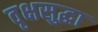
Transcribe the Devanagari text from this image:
वृक्षसुद्धा